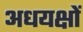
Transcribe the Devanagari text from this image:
अधयक्षों